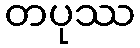
တပုဿ